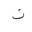
Letter: _non